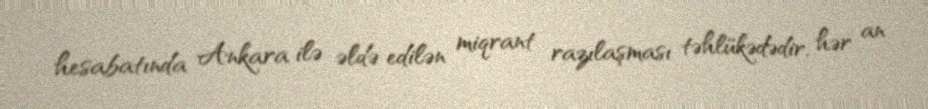
hesabatında Ankara ilə əldə edilən miqrant razılaşması təhlükədədir, hər an